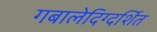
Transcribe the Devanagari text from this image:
गबालेदिग्दर्शित